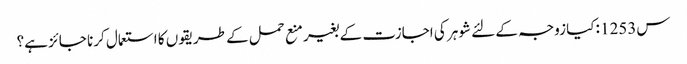
س1253 :کیا زوجہ کے لئے شوہر کی اجازت کے بغیر منع حمل کے طریقوں کا استعمال کرنا جائز ہے؟